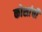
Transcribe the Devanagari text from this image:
कोशांची